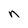
Character: n